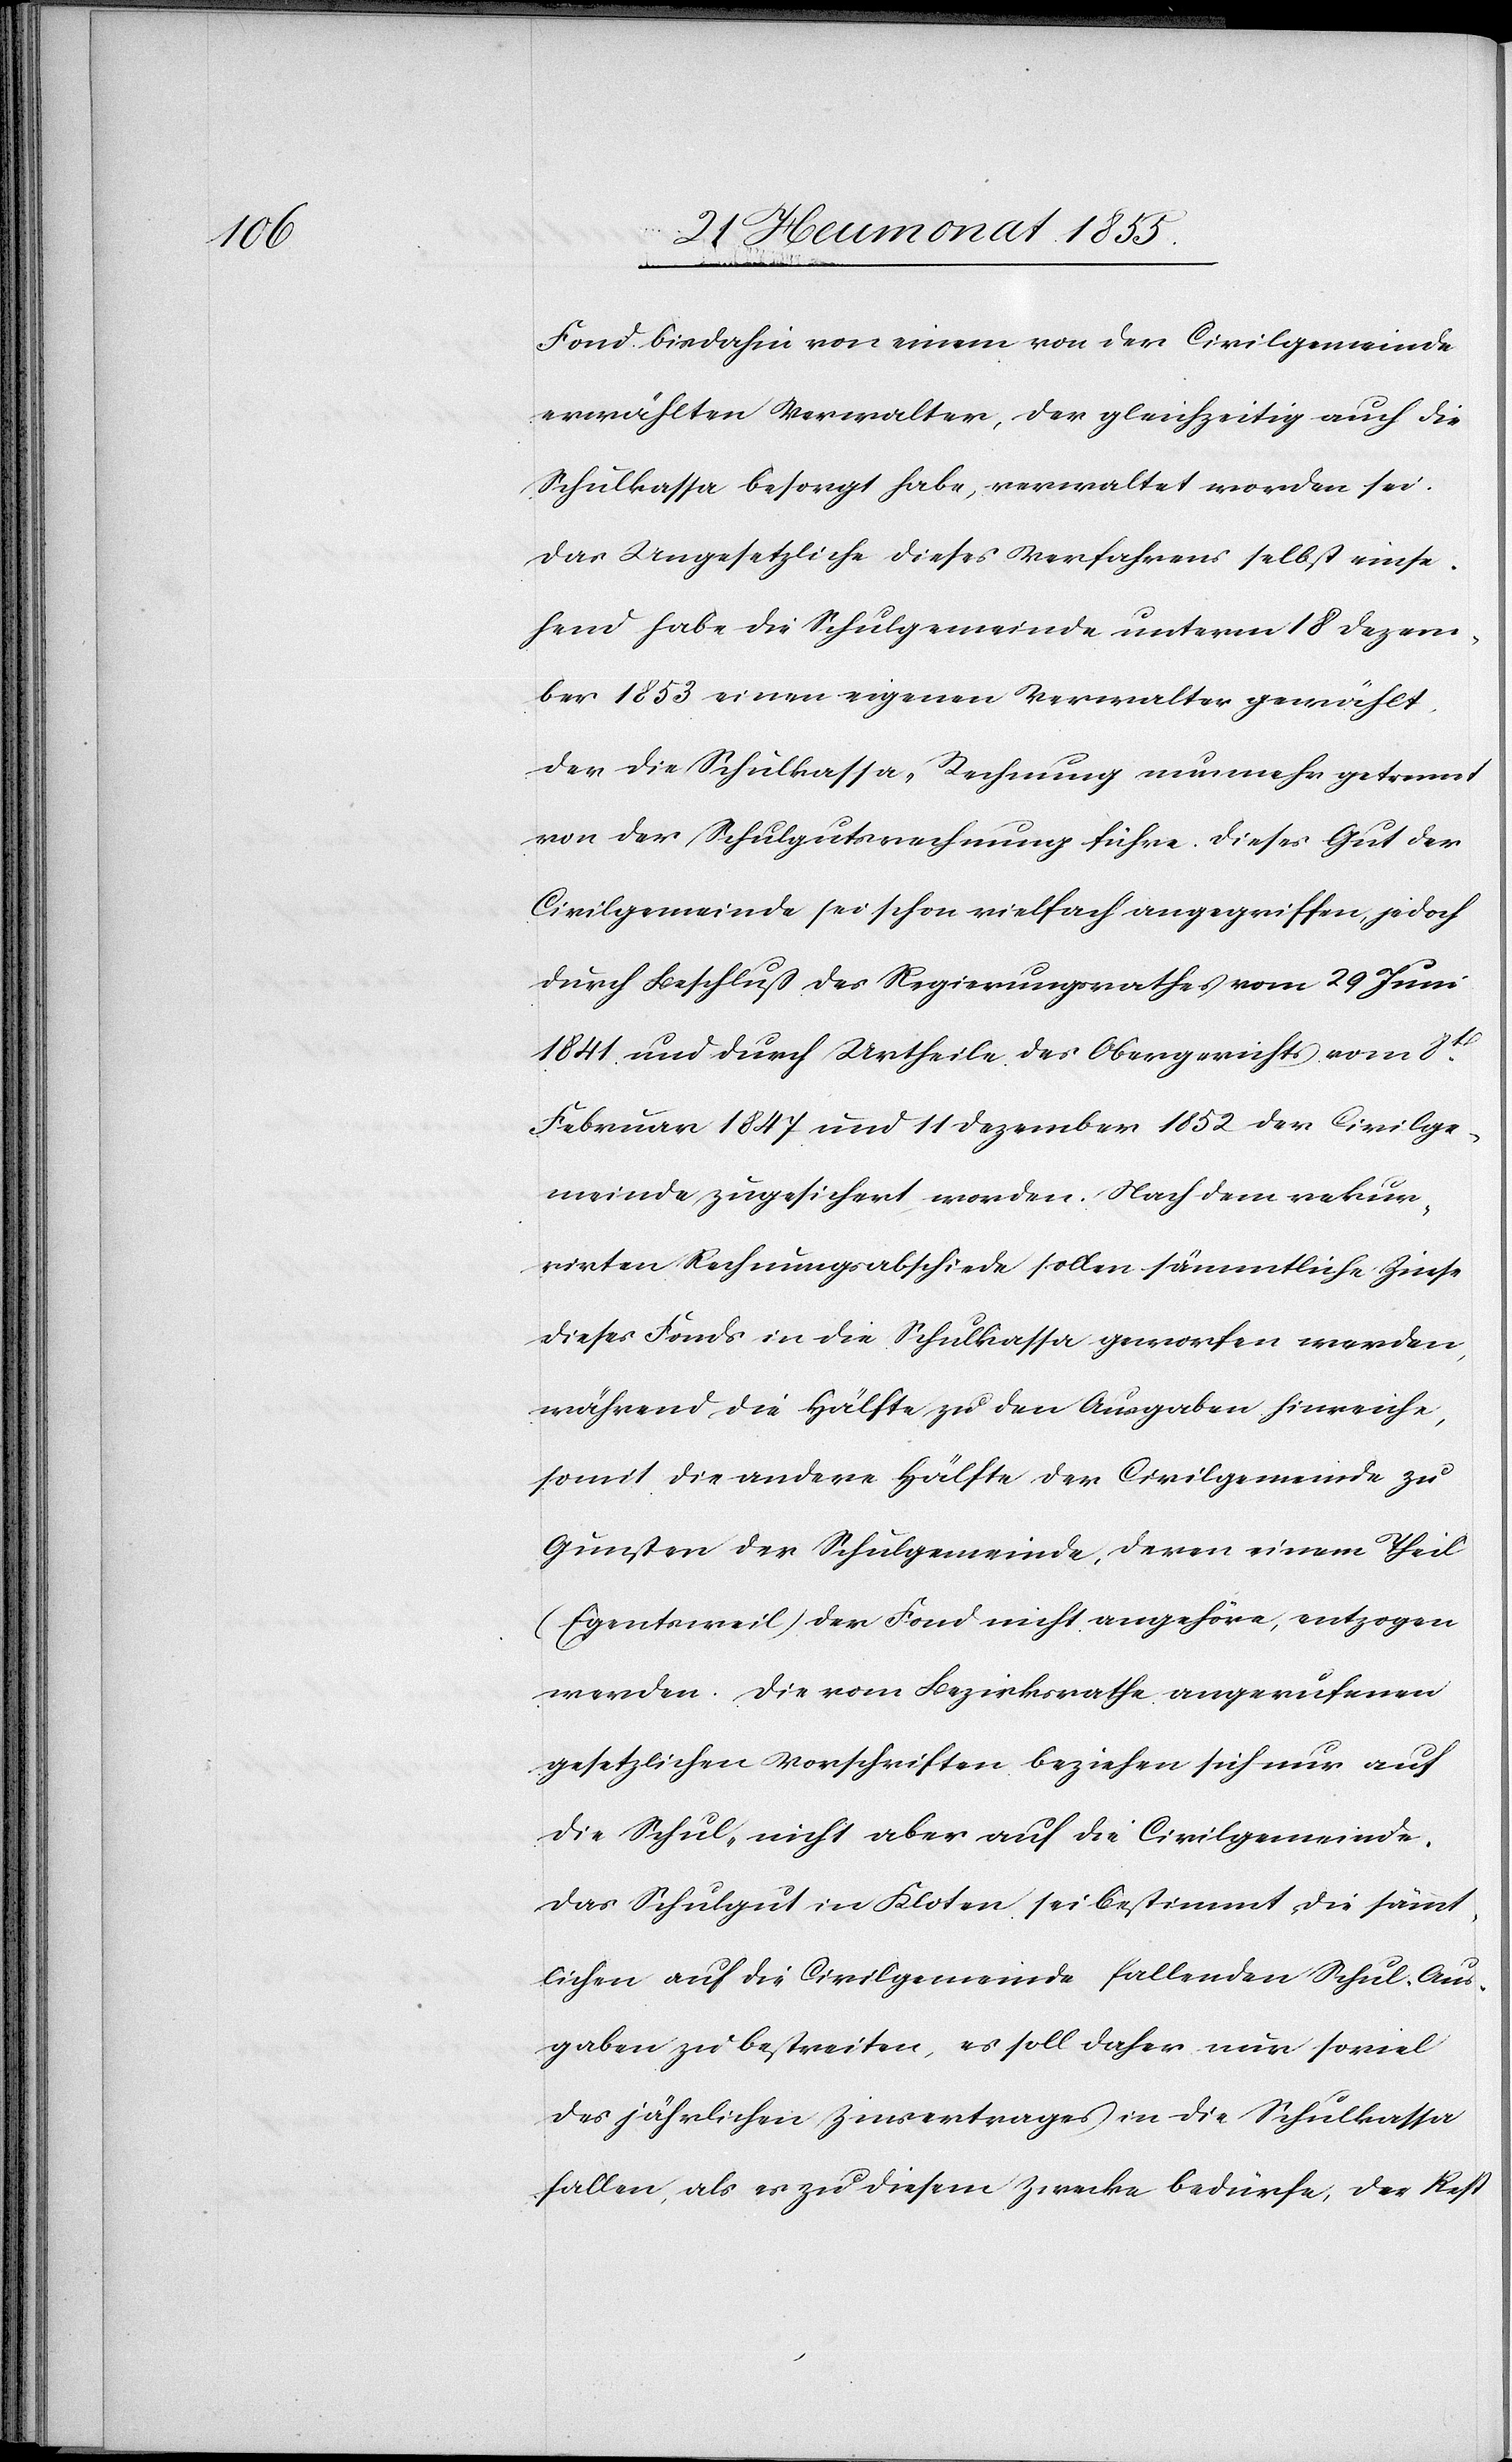
Fond bisdahin von einem von der Civilgemeinde
erwählten Verwalter, der gleichzeitig auch die
Schulkassa besorgt habe, verwaltet worden sei.
Das Ungesetzliche dieses Verfahrens selbst einse¬
hend habe die Schulgemeinde unterm 18 Dezem¬
ber 1853 einen eigenen Verwalter gewählt,
der die Schulkassa-Rechnung nunmehr getrennt
von der Schulgutsrechnung führe. Dieses Gut der
Civilgemeinde sei schon vielfach angegriffen, jedoch
durch Beschluß des Regierungsrathes vom 29 Juni
1841 und durch Urtheile des Obergerichts vom 8t[en].
Februar 1847 und 11 Dezember 1852 der Civilge¬
meinde zugesichert worden. Nach dem rekur¬
rirten Rechnungsabschiede sollen sämmtliche Zinse
dieses Fonds in die Schulkassa geworfen werden,
während die Hälfte zu den Ausgaben hinreiche,
somit die andere Hälfte der Civilgemeinde zu
Gunsten der Schulgemeinde, deren einem Theil
(Egentsweil) der Fond nicht angehöre, entzogen
werden. Die vom Bezirksrathe angerufenen
gesetzlichen Vorschriften beziehen sich nur auf
die Schul- nicht aber auf die Civilgemeinde.
Das Schulgut in Kloten sei bestimmt die sämt¬
lichen auf die Civilgemeinde fallenden Schul-Aus¬
gaben zu bestreiten, es soll daher nur soviel
des jährlichen Zinsertrages in die Schulkassa
fallen, als es zu diesem Zwecke bedürfe, der Rest